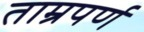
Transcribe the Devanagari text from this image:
ताम्रपर्ण